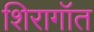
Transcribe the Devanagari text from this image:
शिरागॉत